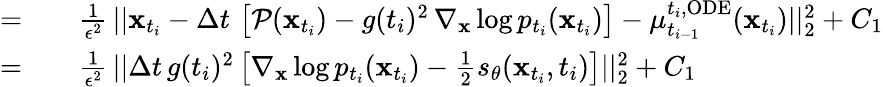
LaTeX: \begin{array}{rl}{=}&{{}\quad\frac{1}{\epsilon^{2}}\, ||\mathbf{x}_{t_{i}}-\Delta t\, \left[\mathcal{P}(\mathbf{x}_{t_{i}})-g(t_{i})^{2}\, \nabla_{\mathbf{x}}\log p_{t_{i}}(\mathbf{x}_{t_{i}})\right]-\mu_{t_{i-1}}^{t_{i},\mathrm{ODE}}(\mathbf{x}_{t_{i}})||_{2}^{2}+C_{1}}\\ {=}&{{}\quad\frac{1}{\epsilon^{2}}\, ||\Delta t\, g(t_{i})^{2}\left[\nabla_{\mathbf{x}}\log p_{t_{i}}(\mathbf{x}_{t_{i}})-\frac{1}{2}s_{\theta}(\mathbf{x}_{t_{i}},t_{i})\right]||_{2}^{2}+C_{1}}\end{array}